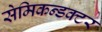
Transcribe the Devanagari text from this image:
सेमिकन्डक्टर